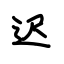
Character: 迟